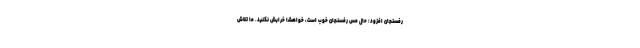
رفسنجان افزود: حال مس رفسنجان خوب است، خواهشا خرابش نکنید. ما تلاش